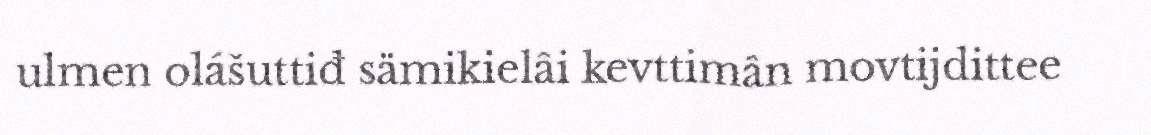
ulmen olášuttiđ sämikielâi kevttimân movtijdittee